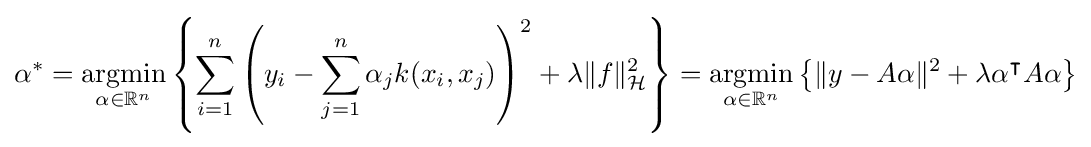
\alpha ^{*}={\underset {\alpha \in \mathbb {R} ^{n}}{\operatorname {argmin} }}\left\{\sum _{i=1}^{n}\left(y_{i}-\sum _{j=1}^{n}\alpha _{j}k(x_{i},x_{j})\right)^{2}+\lambda \|f\|_{\mathcal {H}}^{2}\right\}={\underset {\alpha \in \mathbb {R} ^{n}}{\operatorname {argmin} }}\left\{\|y-A\alpha \|^{2}+\lambda \alpha ^{\intercal }A\alpha \right\}